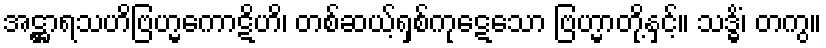
အဋ္ဌာရသဟိဗြဟ္မကောဋိဟိ၊ တစ်ဆယ့်ရှစ်ကုဋေသော ဗြဟ္မာတို့နှင့်။ သဒ္ဓိံ၊ တကွ။